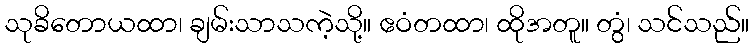
သုခိတောယထာ၊ ချမ်းသာသကဲ့သို့။ ဧဝံတထာ၊ ထိုအတူ။ တွံ၊ သင်သည်။